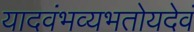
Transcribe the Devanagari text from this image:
यादवंभव्यभतोयदेवं